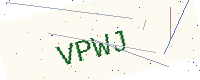
Text: VPWJ